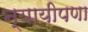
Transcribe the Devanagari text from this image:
न्यायीपणा